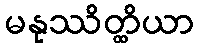
မနုဿိတ္ထိယာ